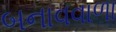
બનાવવાળા